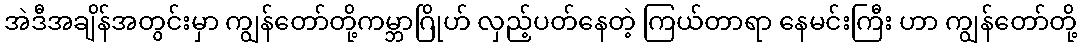
အဲဒီအချိန်အတွင်းမှာ ကျွန်တော်တို့ကမ္ဘာဂြိုဟ် လှည့်ပတ်နေတဲ့ ကြယ်တာရာ နေမင်းကြီး ဟာ ကျွန်တော်တို့